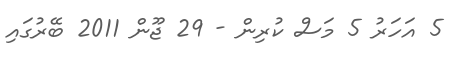
5 އަހަރު 5 މަސް ކުރިން - 29 ޖޫން 2011 ބޭރުގައި